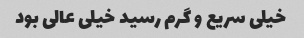
خیلی سریع و گرم رسید خیلی عالی بود